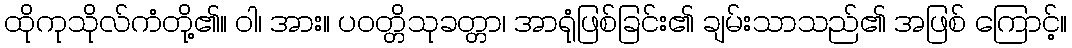
ထိုကုသိုလ်ကံတို့၏။ ဝါ၊ အား။ ပဝတ္တိသုခတ္တာ၊ အာရုံဖြစ်ခြင်း၏ ချမ်းသာသည်၏ အဖြစ် ကြောင့်။